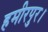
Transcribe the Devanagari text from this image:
हमीरपुर।